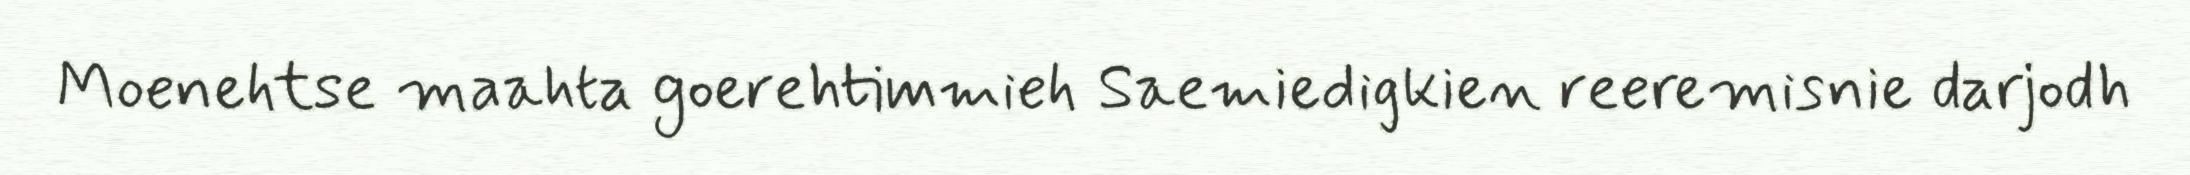
Moenehtse maahta goerehtimmieh Saemiedigkien reeremisnie darjodh